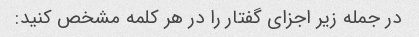
در جمله زیر اجزای گفتار را در هر کلمه مشخص کنید: